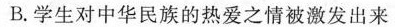
B,学生对中华民族的热爱之情被激发出来